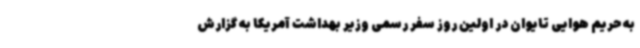
به حریم هوایی تایوان در اولین روز سفر رسمی وزیر بهداشت آمریکا به گزارش